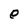
Character: e